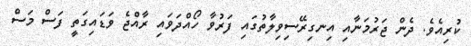
ކުރިއެވެ. ދެން ޖަރުމަނާއި އިނގިރޭސިވިލާތުގައި ފަރުވާ ހޯއްދަވައި ރާއްޖެ ވަޑައިގަތީ ފަސް މަސް